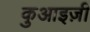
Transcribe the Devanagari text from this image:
कुआइज़ी